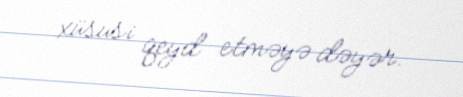
xüsusi qeyd etməyə dəyər.